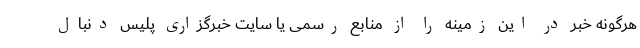
هرگونه خبر در این زمینه را از منابع رسمی یا سایت خبرگزاری پلیس دنبال